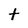
Character: t